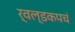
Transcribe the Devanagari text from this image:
र्वल्डकपचं